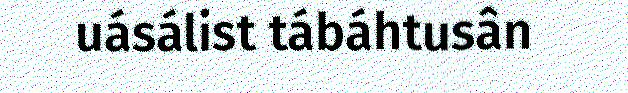
uásálist tábáhtusân